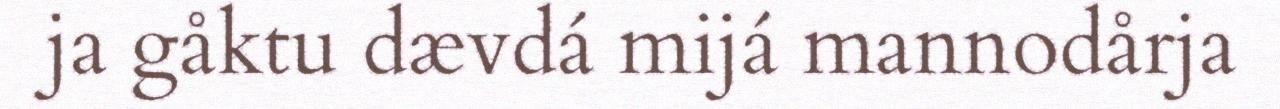
ja gåktu dævdá mijá mannodårja